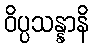
ဝိပ္ပသန္နာနိ